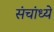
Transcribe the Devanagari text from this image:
संचांध्ये